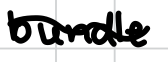
Text: bundle
Cross-out: wave
Writing tool: digital_black